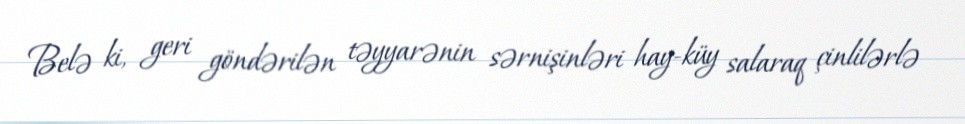
Belə ki, geri göndərilən təyyarənin sərnişinləri hay-küy salaraq çinlilərlə